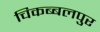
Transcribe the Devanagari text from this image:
चिकब्बलपुर